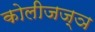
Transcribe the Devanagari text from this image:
कोलीजज्ञ